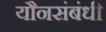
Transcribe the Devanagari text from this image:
यौनसंबंधी